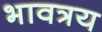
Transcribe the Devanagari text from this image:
भावत्रय